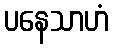
ပနေသာဟံ